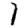
Digit: 1